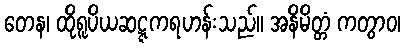
တေန၊ ထိုရူပိယဆဋ္ဋကရဟန်းသည်။ အနိမိတ္တံ ကတွာဝ၊